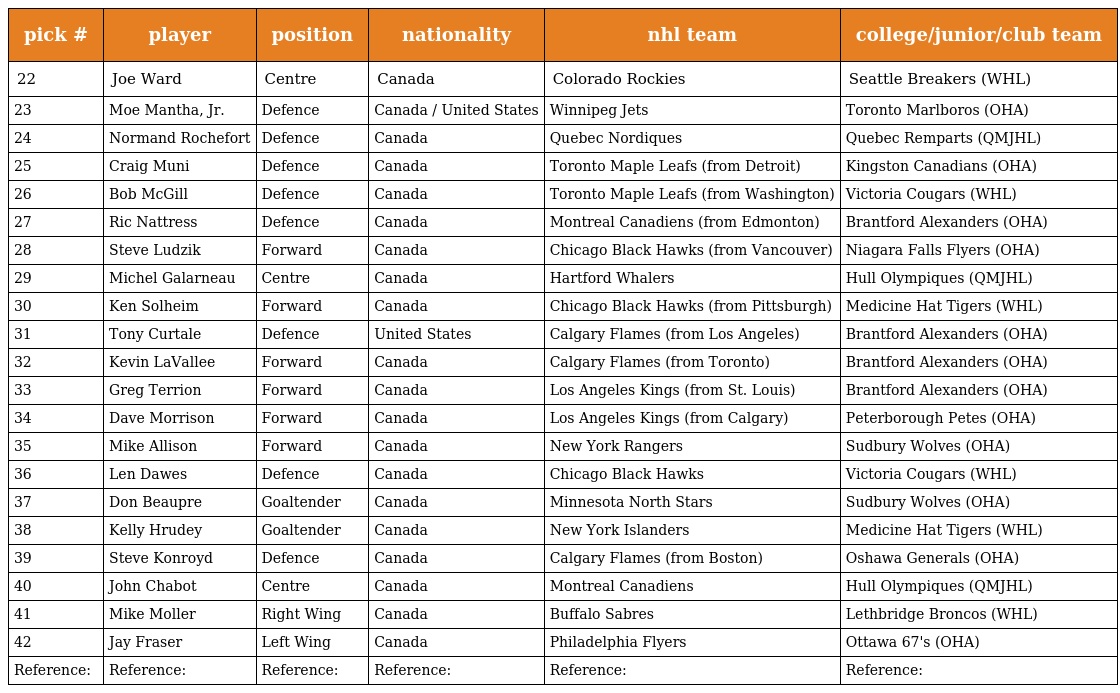
| pick # | player | position | nationality | nhl team | college/junior/club team |
 | --- | --- | --- | --- | --- | --- |
 | 22 | Joe Ward | Centre | Canada | Colorado Rockies | Seattle Breakers (WHL) |
 | 23 | Moe Mantha, Jr. | Defence | Canada / United States | Winnipeg Jets | Toronto Marlboros (OHA) |
 | 24 | Normand Rochefort | Defence | Canada | Quebec Nordiques | Quebec Remparts (QMJHL) |
 | 25 | Craig Muni | Defence | Canada | Toronto Maple Leafs (from Detroit) | Kingston Canadians (OHA) |
 | 26 | Bob McGill | Defence | Canada | Toronto Maple Leafs (from Washington) | Victoria Cougars (WHL) |
 | 27 | Ric Nattress | Defence | Canada | Montreal Canadiens (from Edmonton) | Brantford Alexanders (OHA) |
 | 28 | Steve Ludzik | Forward | Canada | Chicago Black Hawks (from Vancouver) | Niagara Falls Flyers (OHA) |
 | 29 | Michel Galarneau | Centre | Canada | Hartford Whalers | Hull Olympiques (QMJHL) |
 | 30 | Ken Solheim | Forward | Canada | Chicago Black Hawks (from Pittsburgh) | Medicine Hat Tigers (WHL) |
 | 31 | Tony Curtale | Defence | United States | Calgary Flames (from Los Angeles) | Brantford Alexanders (OHA) |
 | 32 | Kevin LaVallee | Forward | Canada | Calgary Flames (from Toronto) | Brantford Alexanders (OHA) |
 | 33 | Greg Terrion | Forward | Canada | Los Angeles Kings (from St. Louis) | Brantford Alexanders (OHA) |
 | 34 | Dave Morrison | Forward | Canada | Los Angeles Kings (from Calgary) | Peterborough Petes (OHA) |
 | 35 | Mike Allison | Forward | Canada | New York Rangers | Sudbury Wolves (OHA) |
 | 36 | Len Dawes | Defence | Canada | Chicago Black Hawks | Victoria Cougars (WHL) |
 | 37 | Don Beaupre | Goaltender | Canada | Minnesota North Stars | Sudbury Wolves (OHA) |
 | 38 | Kelly Hrudey | Goaltender | Canada | New York Islanders | Medicine Hat Tigers (WHL) |
 | 39 | Steve Konroyd | Defence | Canada | Calgary Flames (from Boston) | Oshawa Generals (OHA) |
 | 40 | John Chabot | Centre | Canada | Montreal Canadiens | Hull Olympiques (QMJHL) |
 | 41 | Mike Moller | Right Wing | Canada | Buffalo Sabres | Lethbridge Broncos (WHL) |
 | 42 | Jay Fraser | Left Wing | Canada | Philadelphia Flyers | Ottawa 67's (OHA) |
 | Reference: | Reference: | Reference: | Reference: | Reference: | Reference: |